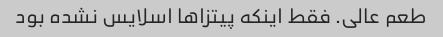
طعم عالی. فقط اینکه پیتزا‌ها اسلایس نشده بود